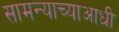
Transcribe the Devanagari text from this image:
सामन्याच्याआधी